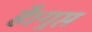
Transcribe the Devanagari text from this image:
है।गुप्त